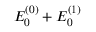
E _ { 0 } ^ { ( 0 ) } + E _ { 0 } ^ { ( 1 ) }